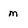
Character: m